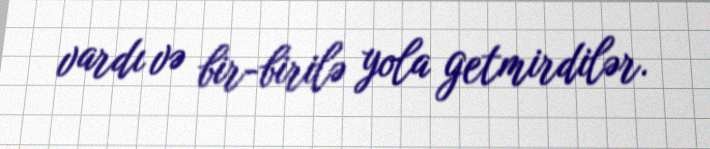
vardı və bir-birilə yola getmirdilər.